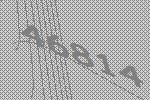
46814